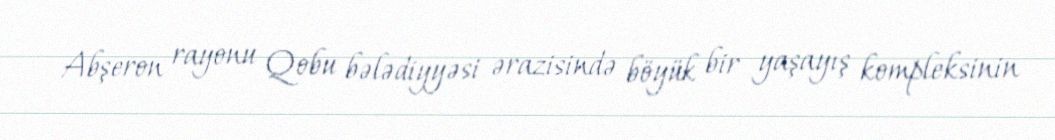
Abşeron rayonu Qobu bələdiyyəsi ərazisində böyük bir yaşayış kompleksinin